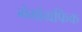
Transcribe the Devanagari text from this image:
मेमोग्रफिक